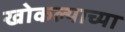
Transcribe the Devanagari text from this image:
खोकल्याच्या